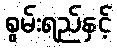
စွမ်းရည်နှင့်